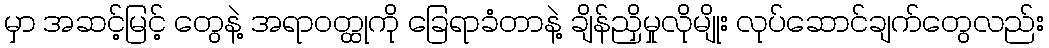
မှာ အဆင့်မြင့် တွေနဲ့ အရာဝတ္ထုကို ခြေရာခံတာနဲ့ ချိန်ညှိမှုလိုမျိုး လုပ်ဆောင်ချက်တွေလည်း